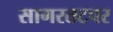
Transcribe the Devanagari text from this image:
सागरतटपर